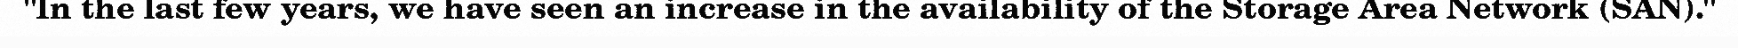
"In the last few years, we have seen an increase in the availability of the Storage Area Network (SAN)."